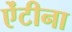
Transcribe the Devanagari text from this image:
ऐंटीना